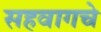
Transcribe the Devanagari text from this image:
सहवागचे